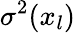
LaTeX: \sigma^{2}(x_{l})